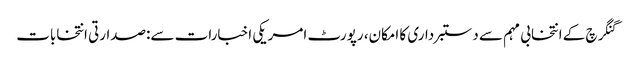
گنگرچ کے انتخابی مہم سے دستبرداری کا امکان، رپورٹ امریکی اخبارات سے:صدارتی انتخابات